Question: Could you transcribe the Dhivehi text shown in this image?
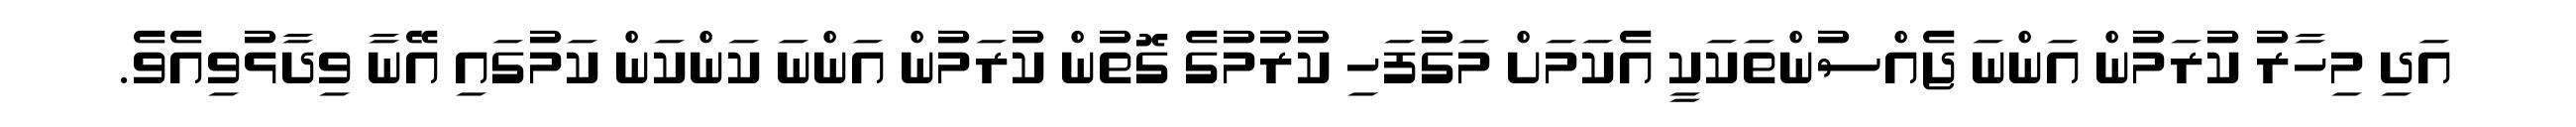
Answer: އަދި މިހާރު ކުރަމުން އަންނަ ޖެއްސުންތަކަކީ އެކަމަށް މަގުފަހި ކުރުމުގެ ގޮތުން ކުރަމުން އަންނަ ކަންކަން ކަމުގައި އޭނާ ވިދާޅުވިއެވެ.